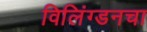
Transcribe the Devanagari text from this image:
विलिंग्डनचा